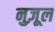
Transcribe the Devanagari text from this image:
नुज़ूल